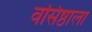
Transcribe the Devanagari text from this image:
वसिष्ठाला